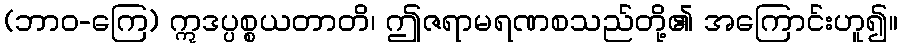
(ဘာဝ-ကြေ) ဣဒပ္ပစ္စယတာတိ၊ ဤဇရာမရဏစသည်တို့၏ အကြောင်းဟူ၍။